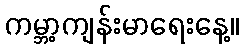
ကမ္ဘာ့ကျန်းမာရေးနေ့။